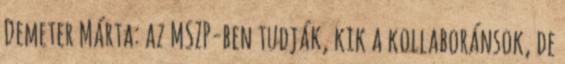
Demeter Márta: az MSZP-ben tudják, kik a kollaboránsok, de